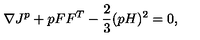
\nabla J ^ { p } + p F F ^ { T } - \frac { 2 } { 3 } ( p H ) ^ { 2 } = 0 ,